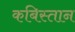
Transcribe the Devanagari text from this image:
कबिस्तान